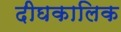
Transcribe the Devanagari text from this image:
दीघकालिक